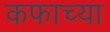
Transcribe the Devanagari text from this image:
कफाच्या